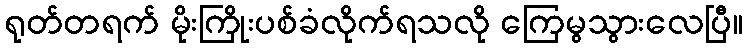
ရုတ်တရက် မိုးကြိုးပစ်ခံလိုက်ရသလို ကြေမွသွားလေပြီ။